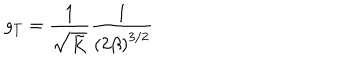
LaTeX: g _ { T } = \frac { 1 } { \sqrt { \tilde { K } } } \frac { 1 } { \left( 2 \beta \right) ^ { 3 / 2 } }